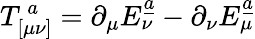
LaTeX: T_{[\mu\nu]}^{\ a}=\partial_{\mu}E_{\nu}^{\underline{{{a}}}}-\partial_{\nu}E_{\mu}^{\underline{{{a}}}}